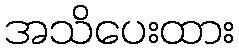
အသိပေးထား